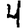
Digit: 4